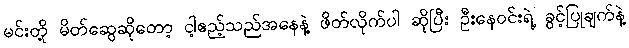
မင်းတို့ မိတ်ဆွေဆိုတော့ ငါ့ဧည့်သည်အနေနဲ့ ဖိတ်လိုက်ပါ ဆိုပြီး ဦးနေဝင်းရဲ့ ခွင့်ပြုချက်နဲ့